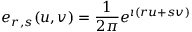
e _ { r , s } ( u , v ) = \frac 1 { 2 \pi } e ^ { \imath ( r u + s v ) }